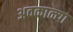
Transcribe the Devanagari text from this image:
अवकाळ्या